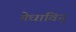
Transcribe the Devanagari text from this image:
मेधाविन्